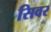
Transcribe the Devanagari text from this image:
सिवर